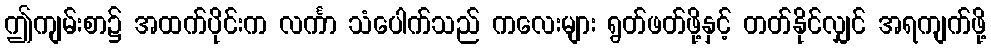
ဤကျမ်းစာ၌ အထက်ပိုင်းက လင်္ကာ သံပေါက်သည် ကလေးများ ရွတ်ဖတ်ဖို့နှင့် တတ်နိုင်လျှင် အရကျက်ဖို့